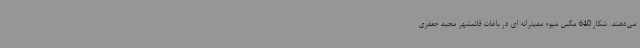
می‌دهند. شکار 640 مگس میوه مدیترانه ای در باغات قائمشهر مجید جعفری